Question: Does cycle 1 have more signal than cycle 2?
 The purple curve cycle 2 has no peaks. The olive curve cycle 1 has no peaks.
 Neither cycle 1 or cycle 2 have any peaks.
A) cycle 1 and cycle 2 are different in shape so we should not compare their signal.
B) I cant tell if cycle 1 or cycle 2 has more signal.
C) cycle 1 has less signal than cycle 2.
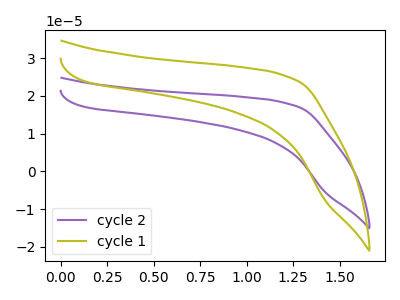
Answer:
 <answer>B) I cant tell if "cycle 1" or "cycle 2" has more signal.</answer>
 <eval>B</eval>